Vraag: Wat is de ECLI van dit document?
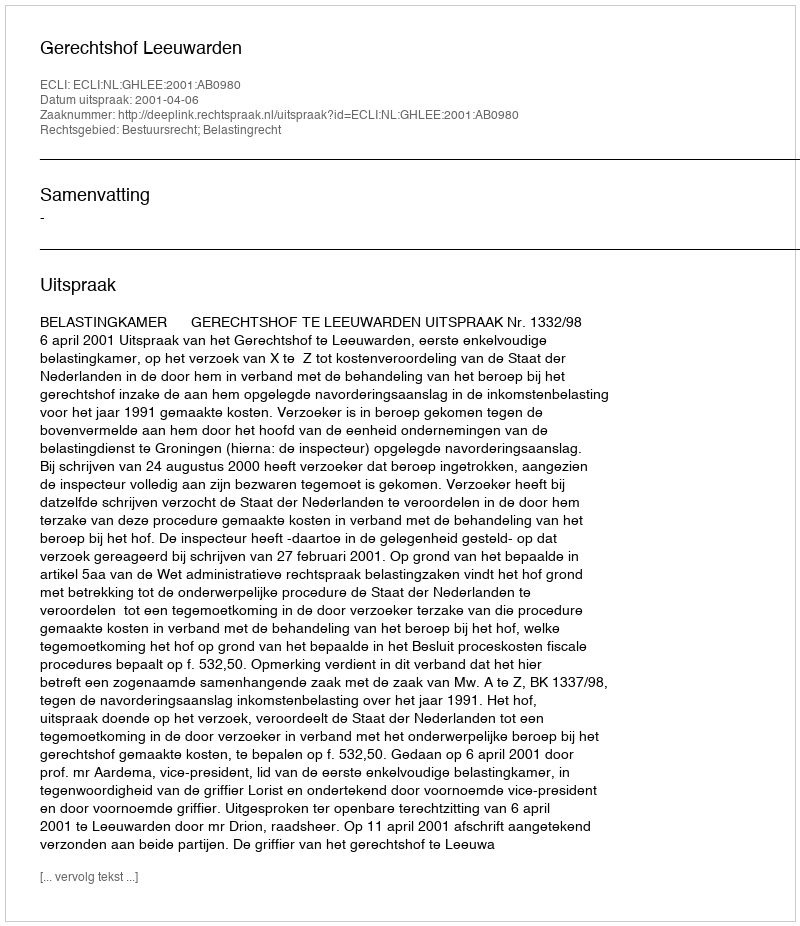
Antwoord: ECLI:NL:GHLEE:2001:AB0980